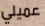
عميلي